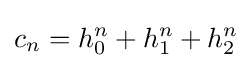
c_{n}=h_{0}^{n}+h_{1}^{n}+h_{2}^{n}